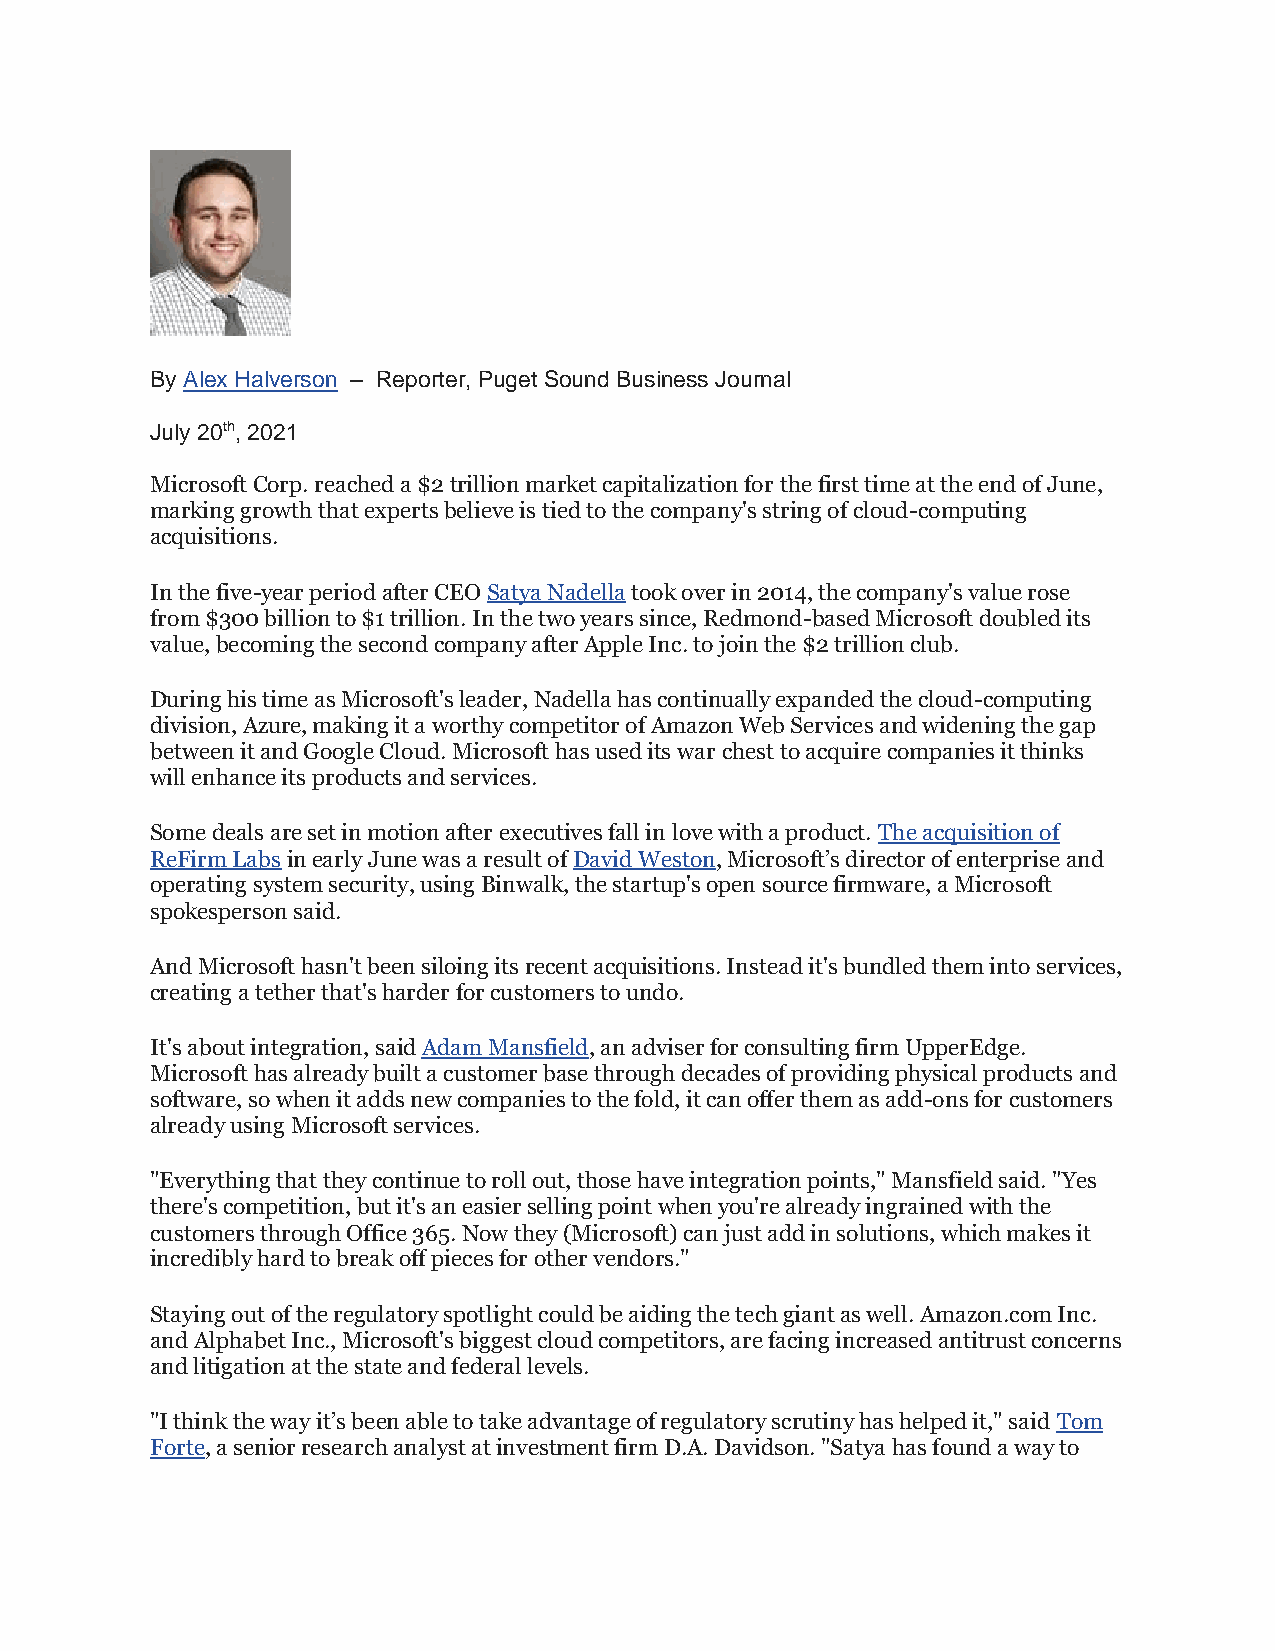
By Alex Halverson – Reporter, Puget Sound Business Journal
 July 20th, 2021
 Microsoft Corp. reached a $2 trillion market capitalization for the first time at the end of June,
 marking growth that experts believe is tied to the company's string of cloud-computing
 acquisitions.
 In the five-year period after CEO Satya Nadella took over in 2014, the company's value rose
 from $300 billion to $1 trillion. In the two years since, Redmond-based Microsoft doubled its
 value, becoming the second company after Apple Inc. to join the $2 trillion club.
 During his time as Microsoft's leader, Nadella has continually expanded the cloud-computing
 division, Azure, making it a worthy competitor of Amazon Web Services and widening the gap
 between it and Google Cloud. Microsoft has used its war chest to acquire companies it thinks
 will enhance its products and services.
 Some deals are set in motion after executives fall in love with a product. The acquisition of
 ReFirm Labs in early June was a result of David Weston, Microsoft’s director of enterprise and
 operating system security, using Binwalk, the startup's open source firmware, a Microsoft
 spokesperson said.
 And Microsoft hasn't been siloing its recent acquisitions. Instead it's bundled them into services,
 creating a tether that's harder for customers to undo.
 It's about integration, said Adam Mansfield, an adviser for consulting firm UpperEdge.
 Microsoft has already built a customer base through decades of providing physical products and
 software, so when it adds new companies to the fold, it can offer them as add-ons for customers
 already using Microsoft services.
 "Everything that they continue to roll out, those have integration points," Mansfield said. "Yes
 there's competition, but it's an easier selling point when you're already ingrained with the
 customers through Office 365. Now they (Microsoft) can just add in solutions, which makes it
 incredibly hard to break off pieces for other vendors."
 Staying out of the regulatory spotlight could be aiding the tech giant as well. Amazon.com Inc.
 and Alphabet Inc., Microsoft's biggest cloud competitors, are facing increased antitrust concerns
 and litigation at the state and federal levels.
 "I think the way it’s been able to take advantage of regulatory scrutiny has helped it," said Tom
 Forte, a senior research analyst at investment firm D.A. Davidson. "Satya has found a way to